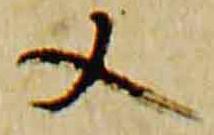
又